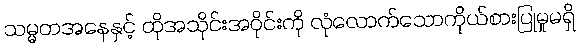
သမ္မတအနေနှင့် ထိုအသိုင်းအဝိုင်းကို လုံလောက်သောကိုယ်စားပြုမှုမရှိ